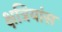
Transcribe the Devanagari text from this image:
क्षत्रियांस